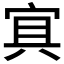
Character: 𡨋